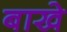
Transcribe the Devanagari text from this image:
बाखे